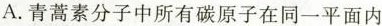
A.青蒿素分子中所有碳原子在同一平面内